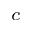
_ c